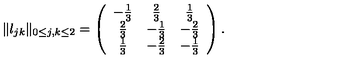
\Vert l _ { j k } \Vert _ { 0 \le j , k \le 2 } = \left( \begin{array} { c c c } { - \frac { 1 } { 3 } } & { \frac { 2 } { 3 } } & { \frac { 1 } { 3 } } \\ { \frac { 2 } { 3 } } & { - \frac { 1 } { 3 } } & { - \frac { 2 } { 3 } } \\ { \frac { 1 } { 3 } } & { - \frac { 2 } { 3 } } & { - \frac { 1 } { 3 } } \\ \end{array} \right) .